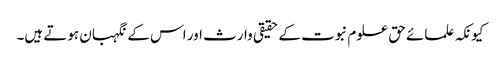
کیونکہ علمائے حق علوم نبوت کے حقیقی وارث اور اس کے نگہبان ہوتے ہیں۔